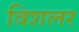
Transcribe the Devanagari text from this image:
विशलर